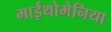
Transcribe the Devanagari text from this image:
माईथोमेनिया